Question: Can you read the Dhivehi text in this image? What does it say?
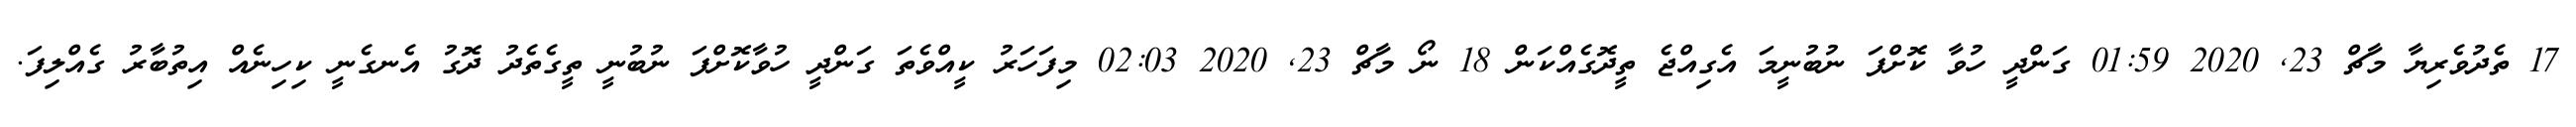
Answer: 17 ތެދުވެރިޔާ މާޗް 23, 2020 01:59 ގަންދީ ހުވާ ކޮށްފަ ނުބުނީމަ އެގިއްޖެ ތީދޮގެއްކަން 18 ނޯ މާޗް 23, 2020 02:03 މިފަހަރު ކީއްވެތަ ގަންދީ ހުވާކޮށްފަ ނުބުނީ ތީގެތެދު ދޮގު އެނގެނީ ކިހިނެއް އިތުބާރު ގެއްލިފަ.